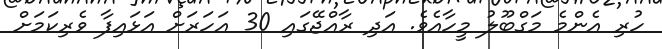
ހުރި އެންމެ މަގްބޫލު މީހާއެވެ. އަދި ރާއްޖޭގައި 30 އަހަރަށް އަޅައިފާ ވެރިކަމަށް